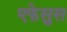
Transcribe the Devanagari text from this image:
एफेसुस